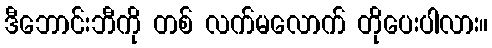
ဒီဘောင်းဘီကို တစ် လက်မလောက် တိုပေးပါလား။